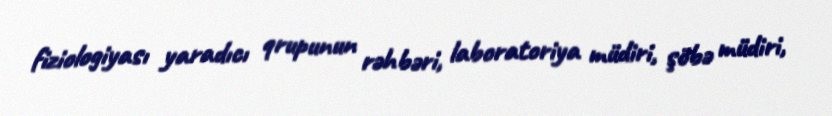
fiziologiyası yaradıcı qrupunun rəhbəri, laboratoriya müdiri, şöbə müdiri,